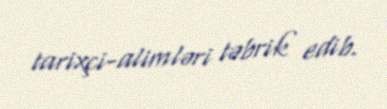
tarixçi-alimləri təbrik edib.